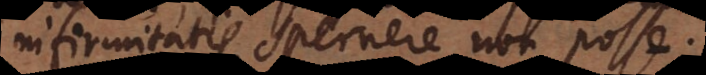
infirmitatis spernere non posse.